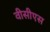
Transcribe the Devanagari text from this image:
वीसीएस